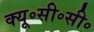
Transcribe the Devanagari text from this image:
क्यू॰सी॰सी॰